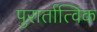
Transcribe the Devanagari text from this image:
पुरार्तात्विक